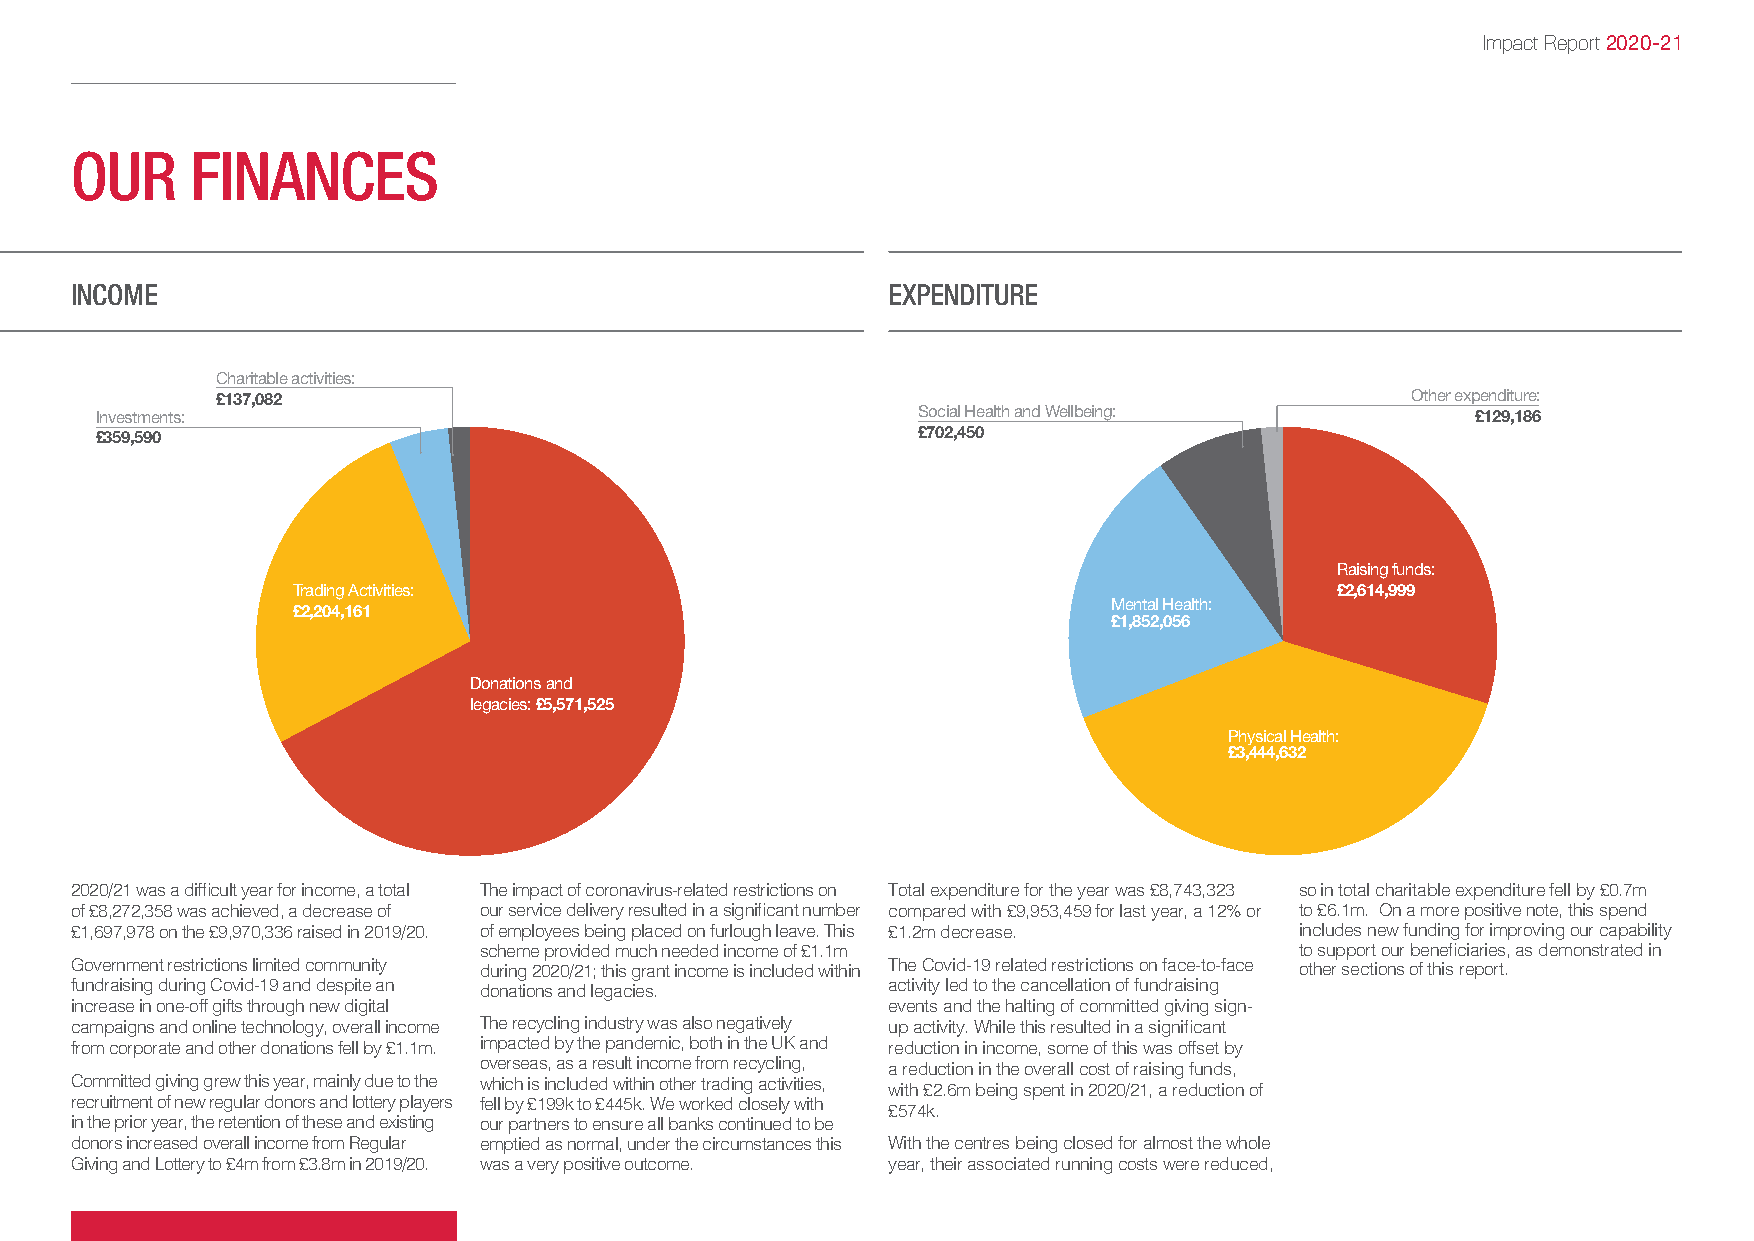
Impact Report 2020-21
 OUR     FINANCES
 INCOME                                                EXPENDITURE
 Charitable activities:
 £137,082                                                                       Other expenditure:
 Investments:                                           Social Health and Wellbeing:         £129,186
 £359,590                                               £702,450
 Raising funds:
 Trading Activities:                                                  £2,614,999
 Mental Health:
 £2,204,161
 £1,852,056
 Donations and
 legacies: £5,571,525
 Physical Health:
 £3,444,632
 2020/21 was a difficult year for income, a total The impact of coronavirus-related restrictions on Total expenditure for the year was £8,743,323 so in total charitable expenditure fell by £0.7m
 of £8,272,358 was achieved, a decrease of our service delivery resulted in a significant number compared with £9,953,459 for last year, a 12% or to £6.1m. On a more positive note, this spend
 £1,697,978 on the £9,970,336 raised in 2019/20. of employees being placed on furlough leave. This £1.2m decrease. includes new funding for improving our capability
 scheme provided much needed income of £1.1m           to support our beneficiaries, as demonstrated in
 Government restrictions limited community during 2020/21; this grant income is included within The Covid-19 related restrictions on face-to-face other sections of this report.
 fundraising during Covid-19 and despite an donations and legacies. activity led to the cancellation of fundraising
 increase in one-off gifts through new digital         events and the halting of committed giving sign-
 campaigns and online technology, overall income The recycling industry was also negatively up activity. While this resulted in a significant
 from corporate and other donations fell by £1.1m. impacted by the pandemic, both in the UK and reduction in income, some of this was offset by
 overseas, as a result income from recycling, a reduction in the overall cost of raising funds,
 Committed giving grew this year, mainly due to the which is included within other trading activities, with £2.6m being spent in 2020/21, a reduction of
 recruitment of new regular donors and lottery players fell by £199k to £445k. We worked closely with
 £574k.
 in the prior year, the retention of these and existing our partners to ensure all banks continued to be
 donors increased overall income from Regular emptied as normal, under the circumstances this With the centres being closed for almost the whole
 Giving and Lottery to £4m from £3.8m in 2019/20. was a very positive outcome. year, their associated running costs were reduced,